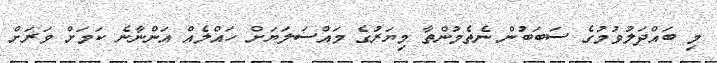
މި ބައްދަލުވުމުގެ ސަބަބުން ނެތެމުންތާ މިޔަރުގެ މައްސަލަޔަށް ހައްލެއް އަންނާނެ ކަމަށް ވަރަށް